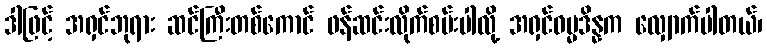
ဒါဖြင့် အရှင်ဘုရား ဆင်ကြီးတစ်ကောင် ဖန်ဆင်းလိုက်စမ်းပါလို့ အရှင်ဓမ္မဒိန္နက လျှောက်ပါတယ်၊